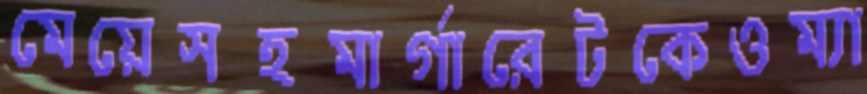
মেয়েসহমার্গারেটকেওম্যা